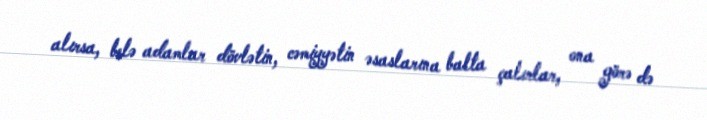
alırsa, belə adamlar dövlətin, cəmiyyətin əsaslarına balta çalırlar, ona görə də